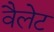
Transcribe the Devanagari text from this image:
वैलेट